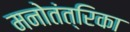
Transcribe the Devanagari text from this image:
मनोतंत्रिका